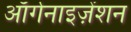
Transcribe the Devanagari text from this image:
ऑर्गनाइज़ेंशन